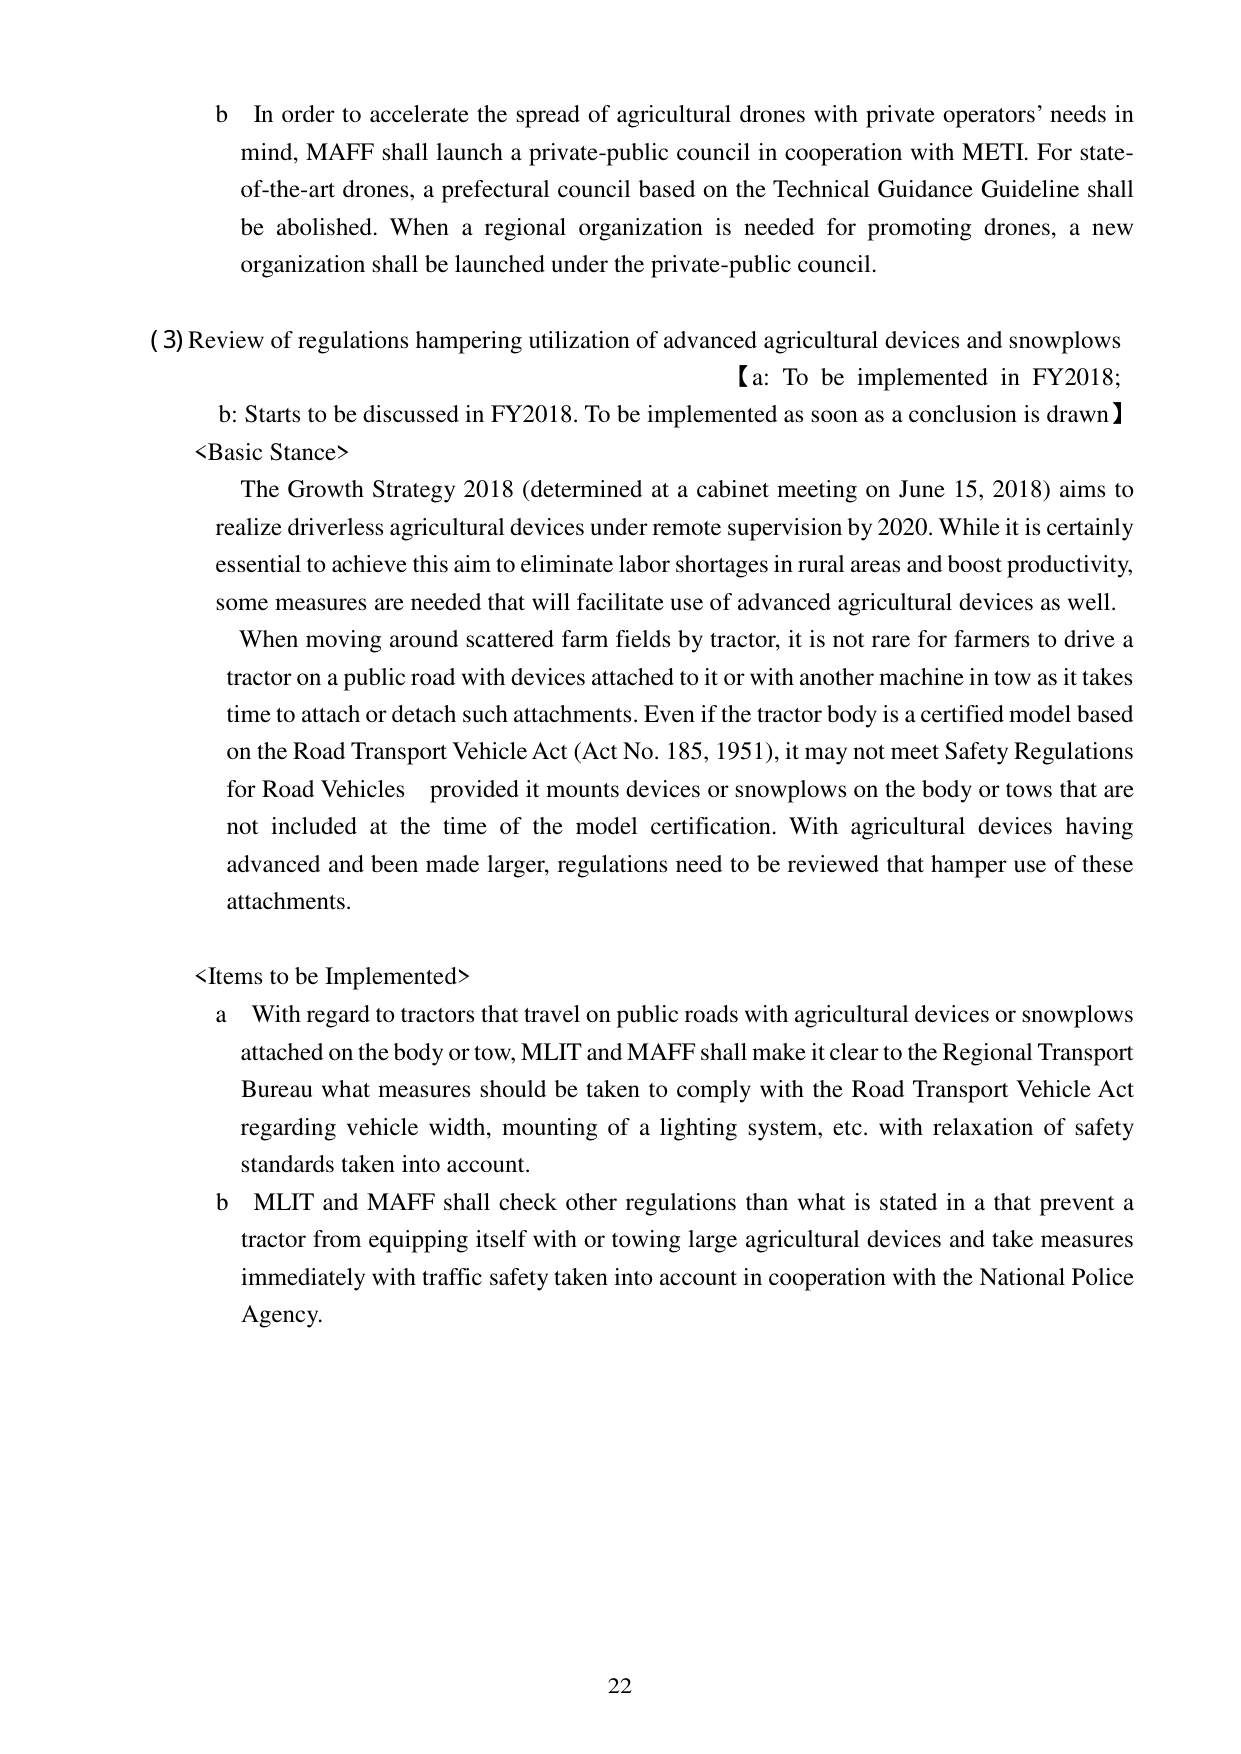
b In order to accelerate the spread of agricultural drones with private operators’ needs in mind, MAFF shall launch a private-public council in cooperation with METI. For state-of-the-art drones, a prefectural council based on the Technical Guidance Guideline shall be abolished. When a regional organization is needed for promoting drones, a new organization shall be launched under the private-public council.

(3) Review of regulations hampering utilization of advanced agricultural devices and snowplows
【a: To be implemented in FY2018; b: Starts to be discussed in FY2018. To be implemented as soon as a conclusion is drawn】

<Basic Stance>
The Growth Strategy 2018 (determined at a cabinet meeting on June 15, 2018) aims to realize driverless agricultural devices under remote supervision by 2020. While it is certainly essential to achieve this aim to eliminate labor shortages in rural areas and boost productivity, some measures are needed that will facilitate use of advanced agricultural devices as well.
When moving around scattered farm fields by tractor, it is not rare for farmers to drive a tractor on a public road with devices attached to it or with another machine in tow as it takes time to attach or detach such attachments. Even if the tractor body is a certified model based on the Road Transport Vehicle Act (Act No. 185, 1951), it may not meet Safety Regulations for Road Vehicles provided it mounts devices or snowplows on the body or tows that are not included at the time of the model certification. With agricultural devices having advanced and been made larger, regulations need to be reviewed that hamper use of these attachments.

<Items to be Implemented>
a With regard to tractors that travel on public roads with agricultural devices or snowplows attached on the body or tow, MLIT and MAFF shall make it clear to the Regional Transport Bureau what measures should be taken to comply with the Road Transport Vehicle Act regarding vehicle width, mounting of a lighting system, etc. with relaxation of safety standards taken into account.
b MLIT and MAFF shall check other regulations than what is stated in a that prevent a tractor from equipping itself with or towing large agricultural devices and take measures immediately with traffic safety taken into account in cooperation with the National Police Agency.

22